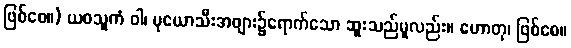
ဖြစ်စေ။) ယဝသူကံ ဝါ၊ မုယောသီးအဖျား၌ရောက်သော ဆူးသည်မူလည်း။ ဟောတု၊ ဖြစ်စေ။